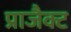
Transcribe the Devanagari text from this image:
प्राजैक्ट